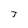
Character: T